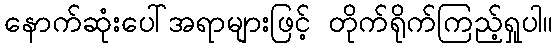
နောက်ဆုံးပေါ်အရာများဖြင့် တိုက်ရိုက်ကြည့်ရှုပါ။